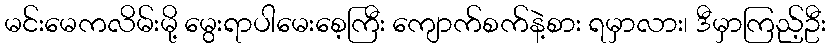
မင်းမေကလိမ်းမို့ မွေးရာပါမေးစေ့ကြီး ကျောက်စက်နဲ့စား ရမှာလား၊ ဒီမှာကြည့်ဦး